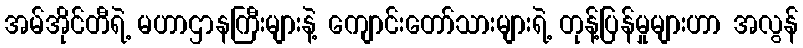
အမ်အိုင်တီရဲ့ မဟာဌာနကြီးများနဲ့ ကျောင်းတော်သားများရဲ့ တုန့်ပြန်မှုများဟာ အလွန်